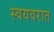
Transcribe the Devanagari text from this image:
स्वयवरात